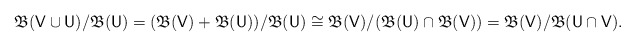
\begin{align*}\mathfrak B(\mathsf V\cup \mathsf U) /\mathfrak B(\mathsf U) = (\mathfrak B(\mathsf V) + \mathfrak B(\mathsf U))/ \mathfrak B(\mathsf U) \cong \mathfrak B(\mathsf V)/(\mathfrak B(\mathsf U) \cap\mathfrak B(\mathsf V)) = \mathfrak B(\mathsf V) / \mathfrak B(\mathsf U \cap \mathsf V).\end{align*}